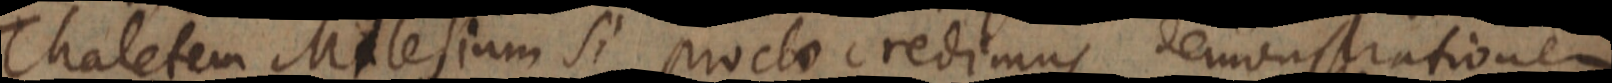
Thaletem Malesium si proclo credimus demonstrationem